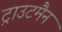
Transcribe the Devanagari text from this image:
ट्राउटमैन